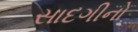
સાદગીનો